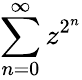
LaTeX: \sum_{n=0}^{\infty}z^{2^{n}}